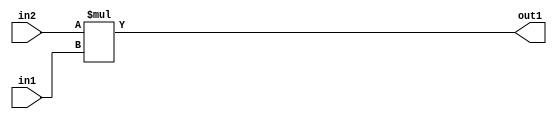
`timescale 1ps / 1ps
/*****************************************************************************
    Verilog RTL Description
    
    
    Created by: Stratus DpOpt 2019.1.01 
*******************************************************************************/

module SobelFilter_Mul_12Sx8U_12S_1 (
	in2,
	in1,
	out1
	); /* architecture "behavioural" */ 
input [11:0] in2;
input [7:0] in1;
output [11:0] out1;
wire [11:0] asc001;

assign asc001 = 
	+(in2 * in1);

assign out1 = asc001;
endmodule

/* CADENCE  ubD4QgE= : u9/ySgnWtBlWxVPRXgAZ4Og= ** DO NOT EDIT THIS LINE ******/